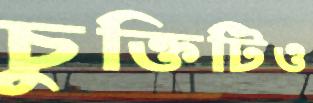
চুক্তিটিও